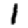
Digit: 1